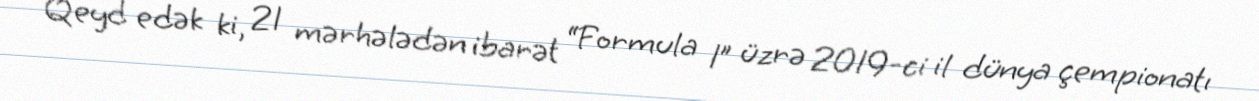
Qeyd edək ki, 21 mərhələdən ibarət “Formula 1” üzrə 2019-ci il dünya çempionatı